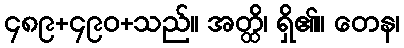
၄၈၉+၄၉၀+သည်။ အတ္ထိ၊ ရှိ၏။ တေန၊